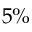
5 \%